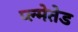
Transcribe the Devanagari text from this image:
प्ल्मेतेड